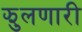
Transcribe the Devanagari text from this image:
झुलणारी